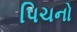
પિચનો